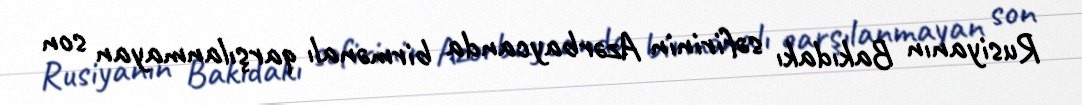
Rusiyanın Bakıdakı səfirinin Azərbaycanda birmənalı qarşılanmayan son